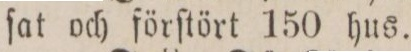
ſat och förſtört 150 hus.